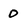
Character: D